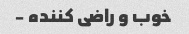
خوب و راضی کننده -